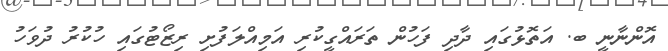
އޮންނާނީ ބ. އަތޮޅުގައި ދާދި ފަހުން ތަރައްގީކުރި އަމިއްލަފުށި ރިޒޯޓުގައި ހުކުރު ދުވަހު